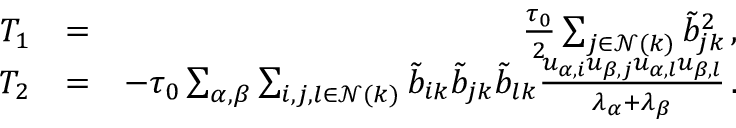
\begin{array} { r l r } { T _ { 1 } } & { = } & { \frac { \tau _ { 0 } } { 2 } \sum _ { j \in \mathcal { N } ( k ) } \tilde { b } _ { j k } ^ { 2 } \, , } \\ { T _ { 2 } } & { = } & { - \tau _ { 0 } \sum _ { \alpha , \beta } \sum _ { i , j , l \in \mathcal { N } ( k ) } \tilde { b } _ { i k } \tilde { b } _ { j k } \tilde { b } _ { l k } \frac { u _ { \alpha , i } u _ { \beta , j } u _ { \alpha , l } u _ { \beta , l } } { \lambda _ { \alpha } + \lambda _ { \beta } } \, . } \end{array}